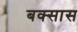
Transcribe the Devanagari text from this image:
बक्सास